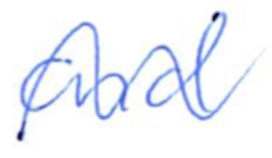
Text: and
Cross-out: wave
Writing tool: ballpoint